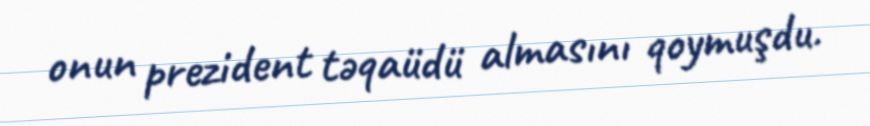
onun prezident təqaüdü almasını qoymuşdu.